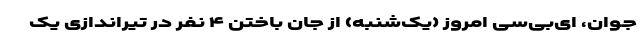
جوان، ای‌بی‌سی امروز (یک‌شنبه) از جان باختن ۴ نفر در تیراندازی یک